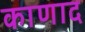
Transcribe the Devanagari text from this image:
काणाद